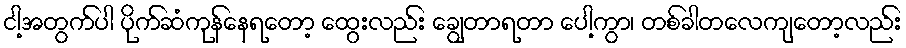
ငါ့အတွက်ပါ ပိုက်ဆံကုန်နေရတော့ ထွေးလည်း ချွေတာရတာ ပေါ့ကွာ၊ တစ်ခါတလေကျတော့လည်း